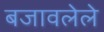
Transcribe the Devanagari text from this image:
बजावलेले